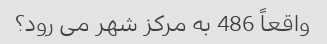
واقعاً 486 به مرکز شهر می رود؟